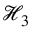
\mathcal { H } _ { 3 }